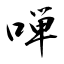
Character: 啴